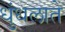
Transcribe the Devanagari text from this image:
धुंधलाते